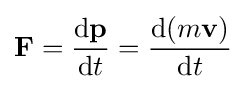
\mathbf {F} ={\mathrm {d} \mathbf {p}  \over \mathrm {d} t}={\mathrm {d} (m\mathbf {v} ) \over \mathrm {d} t}